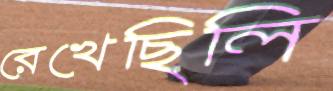
রেখেছিলি